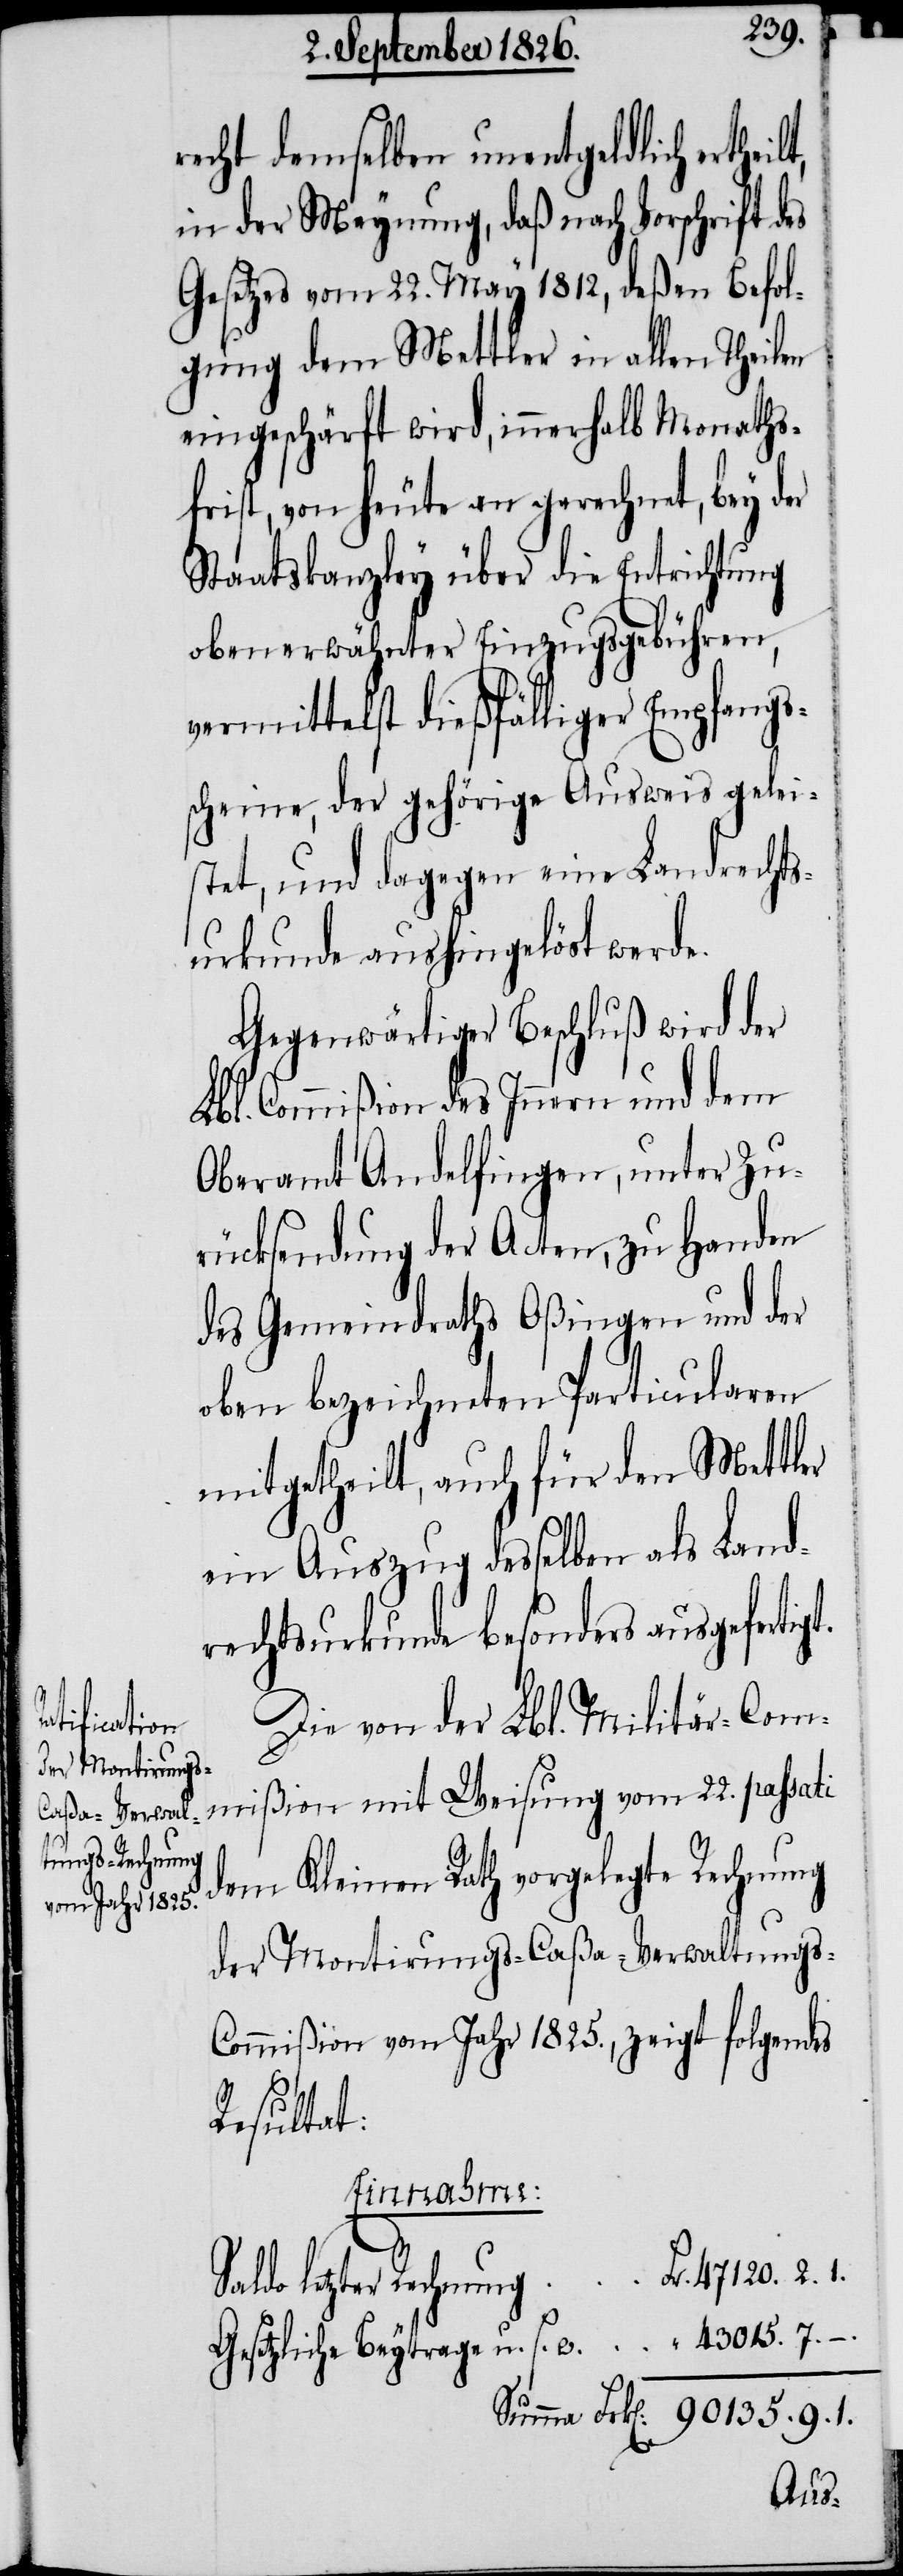
recht demselben unentgeldlich ertheil¬
in der Meynung, daß nach Vorschrift des
Gesetzes vom 22. May 1812, deßen Befol¬
gung dem Mettler in allen Theilen
eingeschärft wird, innerhalb Monaths¬
frist, von heute an gerechnet, bey der
Staatskanzley über die Entrichtung
obenerwähnter Einzugsgebühren,
vermittelst dießfälliger Empfangs¬
scheine, der gehörige Ausweis gelei¬
stet, und dagegen eine Landrechts¬
urkunde aushingelöst werde.
Gegenwärtiger Beschluß wird der
Lbl. Commißion des Innern und dem
Oberamt Andelfingen, unter Zu¬
rücksendung der Acten, zu Handen
des Gemeindraths Oßingen und der
oben bezeichneten Particularen
mitgetheilt, auch für den Mettler
ein Auszug desselben als Land¬
rechtsurkunde besonders ausgefertigt.
Die von der Lbl. Militär-Com¬
mißion mit Weisung vom 22. passati
dem Kleinen Rath vorgelegte Rechnung
der Montirungs-Caßa-Verwaltungs-C¬
ommißion vom Jahr 1825., zeigt folgendes
Resultat:
9.
47 120. 2. 1.
do letzter Rechnung
“ 43 015. 7. –.
Gesetzliche Beyträge u. s. w.
Summa

1.